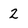
Character: 2